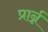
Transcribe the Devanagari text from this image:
प्रार्न्न